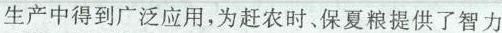
生产中得到广泛应用，为赶农时、保夏粮提供了智力